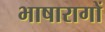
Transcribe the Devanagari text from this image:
भाषारागों